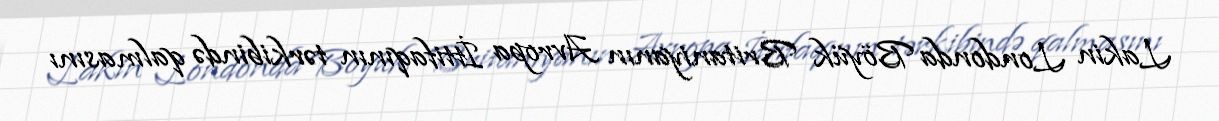
Lakin Londonda Böyük Britaniyanın Avropa İttifaqının tərkibində qalmasını